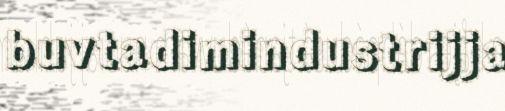
buvtadimindustrijja